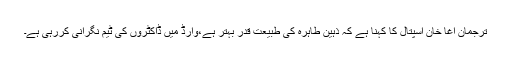
ترجمان آغا خان اسپتال کا کہنا ہے کہ ذہین طاہرہ کی طبیعت قدر بہتر ہے،وارڈ میں ڈاکٹروں کی ٹیم نگرانی کررہی ہے۔